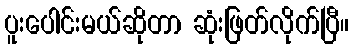
ပူးပေါင်းမယ်ဆိုတာ ဆုံးဖြတ်လိုက်ပြီ။